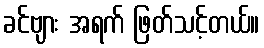
ခင်ဗျား အရက် ဖြတ်သင့်တယ်။